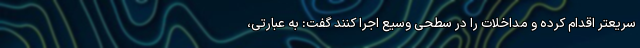
سریعتر اقدام کرده و مداخلات را در سطحی وسیع اجرا کنند گفت: به عبارتی،